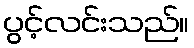
ပွင့်လင်းသည်။